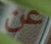
عن